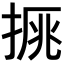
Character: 𢮉